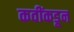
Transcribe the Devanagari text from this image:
कवींकडून